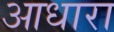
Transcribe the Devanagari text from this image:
आधारा